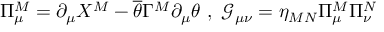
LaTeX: \Pi _ { \mu } ^ { M } = \partial _ { \mu } X ^ { M } - \overline { { { \theta } } } \Gamma ^ { M } \partial _ { \mu } \theta \ , \ \mathcal { G } _ { \mu \nu } = \eta _ { M N } \Pi _ { \mu } ^ { M } \Pi _ { \nu } ^ { N }